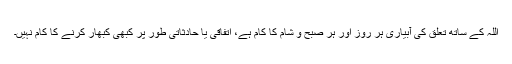
اللہ کے ساتھ تعلق کی آبیاری ہر روز اور ہر صبح و شام کا کام ہے، اتفاقی یا حادثاتی طور پر کبھی کبھار کرنے کا کام نہیں۔